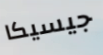
جيسيكا